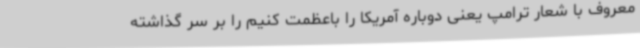
معروف با شعار ترامپ یعنی دوباره آمریکا را باعظمت کنیم را بر سر گذاشته